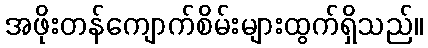
အဖိုးတန်ကျောက်စိမ်းများထွက်ရှိသည်။